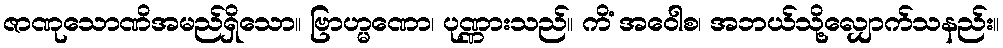
ဇာဏုသောဏိအမည်ရှိသော။ ဗြာဟ္မဏော၊ ပုဏ္ဏားသည်။ ကိံ အဝေါစ၊ အဘယ်သို့လျှောက်သနည်း။